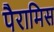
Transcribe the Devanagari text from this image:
पैरामिस